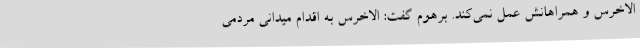
الاخرس و همراهانش عمل نمی‌کند. برهوم گفت: الاخرس به اقدام میدانی مردمی